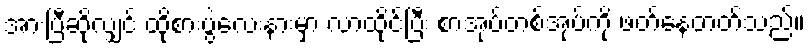
အားပြီဆိုလျှင် ထိုစားပွဲလေးနားမှာ လာထိုင်ပြီး စာအုပ်တစ်အုပ်ကို ဖတ်နေတတ်သည်။